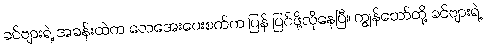
ခင်ဗျားရဲ့ အခန်းထဲက လေအေးပေးစက်က ပြန် ပြင်ဖို့လိုနေပြီ။ ကျွန်တော်တို့ ခင်ဗျားရဲ့